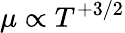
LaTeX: \mu\propto T^{+3/2}